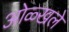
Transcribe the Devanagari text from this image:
ओळ्खले